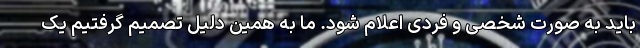
باید به صورت شخصی و فردی اعلام شود. ما به همین دلیل تصمیم گرفتیم یک